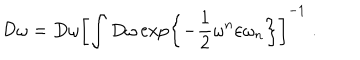
LaTeX: { \cal D } \omega = D \omega \left[ \int D \omega \exp \left\{ - \frac { 1 } { 2 } \omega ^ { n } \varepsilon \omega _ { n } \right\} \right] ^ { - 1 } \; .